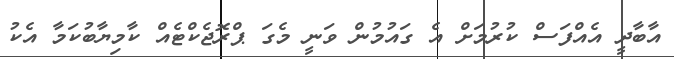
އާބާދީ އެއްފަސް ކުރުމަށް އެ ގައުމުން ވަނީ މެގަ ޕްރޮޖެކްޓެއް ކާމިޔާބުކަމާ އެކު